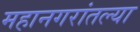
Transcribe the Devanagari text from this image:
महानगरांतल्या